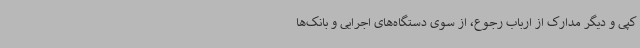
کپی و دیگر مدارک از ارباب رجوع، از سوی دستگاه‌های اجرایی و بانک‌ها